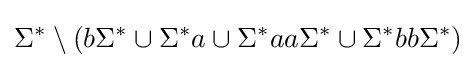
\Sigma ^{*}\setminus (b\Sigma ^{*}\cup \Sigma ^{*}a\cup \Sigma ^{*}aa\Sigma ^{*}\cup \Sigma ^{*}bb\Sigma ^{*})